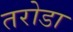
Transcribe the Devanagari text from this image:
तरोडा